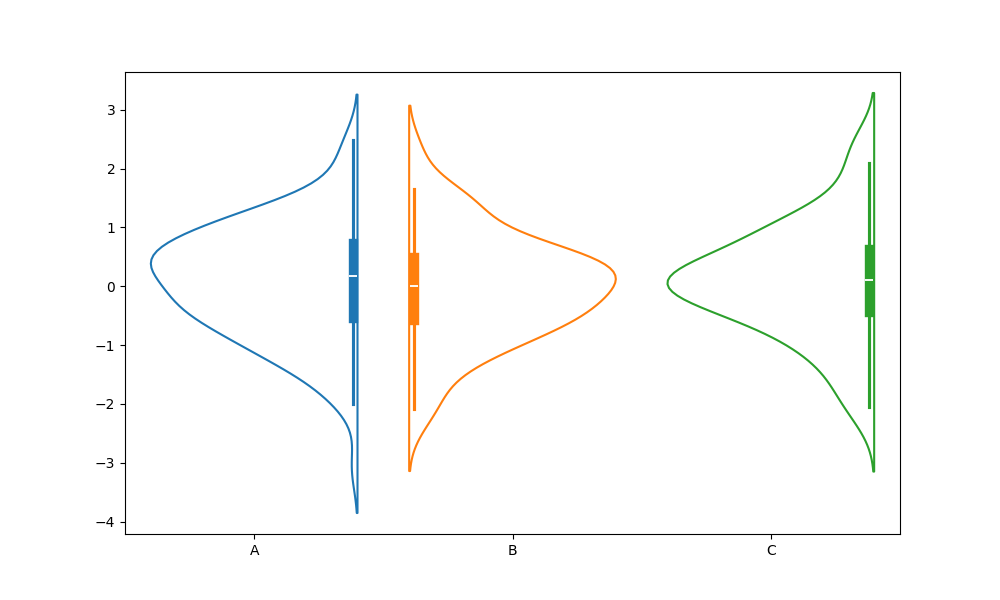
python, seaborn, violinplot, scale='area', split='True', inner='box', fill='False'